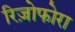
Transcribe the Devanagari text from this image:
रिज़ोफोरा